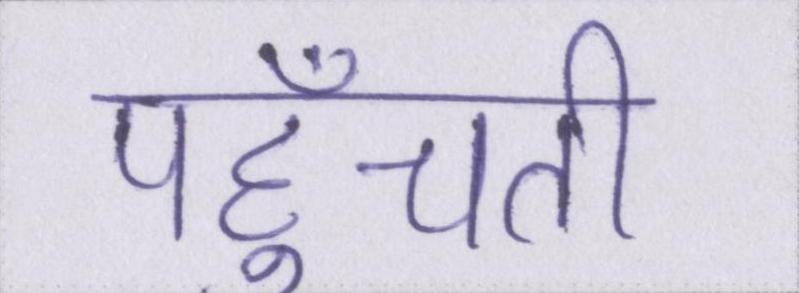
पहुँचती